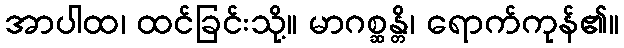
အာပါထ၊ ထင်ခြင်းသို့။ မာဂစ္ဆန္တိ၊ ရောက်ကုန်၏။